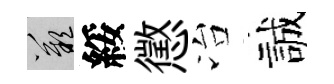
嘆綏懲冶誠